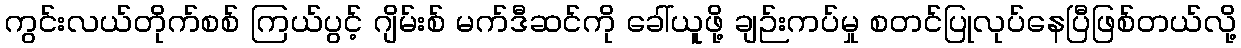
ကွင်းလယ်တိုက်စစ် ကြယ်ပွင့် ဂျိမ်းစ် မက်ဒီဆင်ကို ခေါ်ယူဖို့ ချဉ်းကပ်မှု စတင်ပြုလုပ်နေပြီဖြစ်တယ်လို့